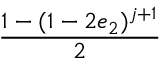
\displaystyle \frac { 1 - ( 1 - 2 e _ { 2 } ) ^ { j + 1 } } { 2 }